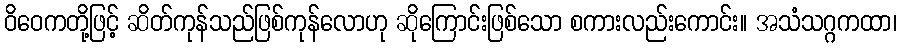
ဝိဝေကတို့ဖြင့် ဆိတ်ကုန်သည်ဖြစ်ကုန်လောဟု ဆိုကြောင်းဖြစ်သော စကားလည်းကောင်း။ အသံသဂ္ဂကထာ၊